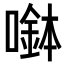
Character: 𡀖